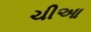
ચીઆ